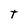
Character: T